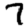
Digit: 7